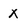
Character: x